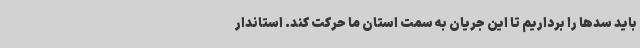
باید سدها را برداریم تا این جریان به سمت استان ما حرکت کند. استاندار